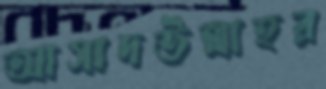
আসাদউল্লাহর